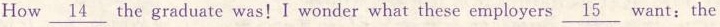
How\underline{14} the graduate was!I wonder what these employers \underline{15}want: the